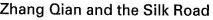
Zhang Qlan and the Silk Road